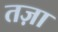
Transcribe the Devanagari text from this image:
तज़ा